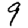
Digit: 9